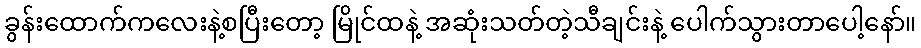
ခွန်းထောက်ကလေးနဲ့စပြီးတော့ မြိုင်ထနဲ့ အဆုံးသတ်တဲ့သီချင်းနဲ့ ပေါက်သွားတာပေါ့နော်။